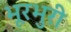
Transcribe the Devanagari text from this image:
भूरभुरी